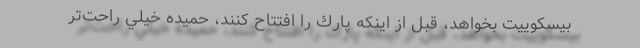
بيسكوييت بخواهد، قبل از اينكه پارك را افتتاح كنند، حميده خيلي راحت‌تر